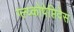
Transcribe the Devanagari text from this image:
ग्ल्य्कोपेप्तिदेस